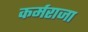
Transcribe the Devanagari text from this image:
कर्मराजा